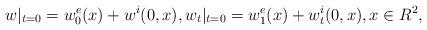
LaTeX: \begin{align*}w|_{t=0}=w_0^e(x)+w^i(0,x),w_t|_{t=0}=w_1^e(x)+w^i_t(0,x),x\in R^2,\end{align*}